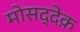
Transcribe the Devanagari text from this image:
मोसद्देक़